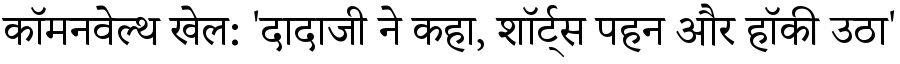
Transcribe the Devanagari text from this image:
कॉमनवेल्थ खेल: 'दादाजी ने कहा, शॉर्ट्स पहन और हॉकी उठा'